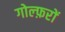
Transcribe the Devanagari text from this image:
गोल्फ़रों